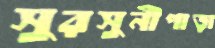
সুরসুনীপাড়া